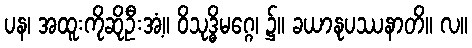
ပန၊ အထူးကိုဆိုဦးအံ့။ ဝိသုဒ္ဓိမဂ္ဂေ၊ ၌။ ခယာနုပဿနာတိ။ လ။